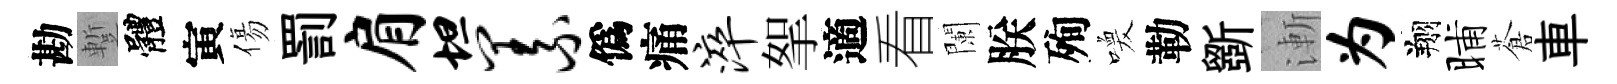
勘蹔體寅傷罰肩坦义僞痛淬挐適看闌朕殉喚勒斵漸为翔晡蒼車